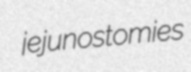
jejunostomies